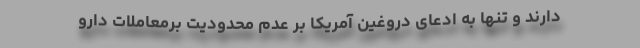
دارند و تنها به ادعای دروغین آمریکا بر عدم محدودیت برمعاملات دارو